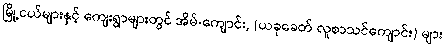
မြို့ငယ်များနှင့် ကျေးရွာများတွင် အိမ်-ကျောင်း, (ယခုခေတ် လူစာသင်ကျောင်း) များ